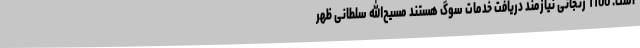
است. 1100 زنجانی نیازمند دریافت خدمات سوگ هستند مسیح‌الله سلطانی ظهر